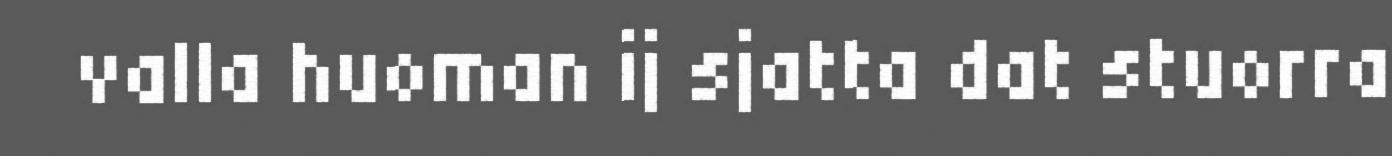
valla huoman ij sjatta dat stuorra